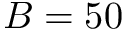
B = 5 0